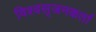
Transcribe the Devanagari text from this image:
विश्वसृजनकर्ता